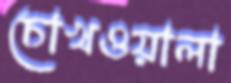
চোখওয়ালা